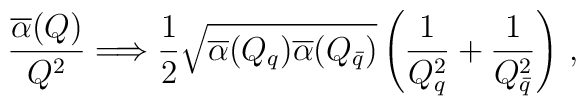
{\overline\alpha(Q) \over Q  ^2} \Longrightarrow  {1\over 2}     \sqrt{\overline\alpha(Q_{q}) \overline\alpha(Q_{\bar q}) }    \left({1\over Q_{q}^2} +    {1\over Q_{\bar q}^2} \right)\,,